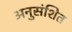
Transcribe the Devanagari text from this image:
अनुसंशित